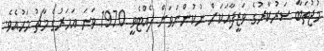
މުޖުތަބާ ސަރުކާރުގެ ވަޒީފާއަކަށް ނުކުންނަވަން ފެއްޓެވީ 1970 ވަނަ އަހަރުގެ މާޗު މަހުއެވެ.